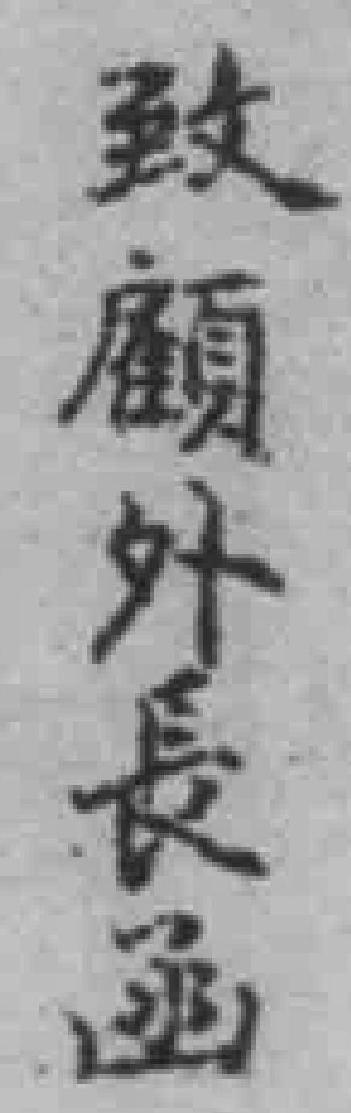
致顧外長函